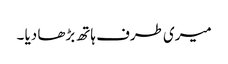
میری طرف ہاتھ بڑھا دیا ۔